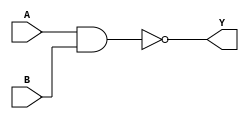
module NAND_Gate_Delay (
    input A, // Input signal
    input B, // Input signal
    output reg Y // Output signal with delay
);

parameter DELAY = 10; // Delay in time units

always @ (A or B) begin
    #DELAY; // Introduce delay
    Y <= ~(A & B); // NAND gate operation with delayed output
end

endmodule